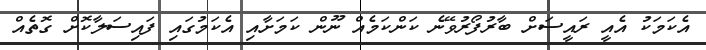
އެކަމަކު އެއީ ރައީސަށް ބާރުފޯރުވޭނެ ކަންކަމެއް ނޫން ކަމަށާއި އެކަމުގައި ފައިސަލާކޮށް ގޮތެއް